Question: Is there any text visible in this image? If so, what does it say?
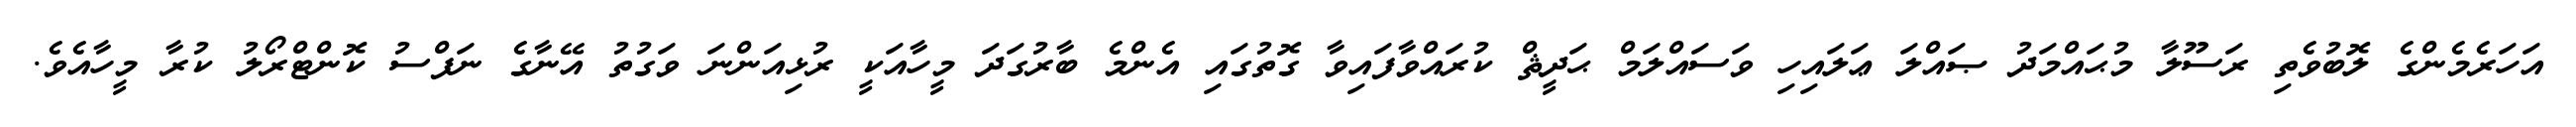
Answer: އަހަރެމެންގެ ލޮބުވެތި ރަސޫލާ މުޙައްމަދު ޞައްލަ ޢަލައިހި ވަސައްލަމް ޙަދީޘް ކުރައްވާފައިވާ ގޮތުގައި އެންމެ ބާރުގަދަ މީހާއަކީ ރުޅިއަންނަ ވަގުތު އޭނާގެ ނަފްސު ކޮންޓްރޯލު ކުރާ މީހާއެވެ.